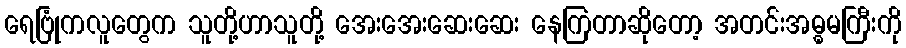
ရေဗြုံကလူတွေက သူတို့ဟာသူတို့ အေးအေးဆေးဆေး နေကြတာဆိုတော့ အတင်းအဓ္ဓမကြီးကို